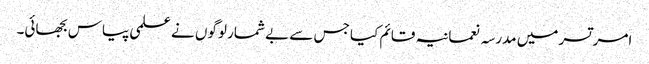
امر تسر میں مدرسہ نعمانیہ قائم کیا جس سے بے شمار لوگوں نے علمی پیاس بجھائی۔